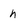
Character: h